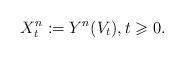
LaTeX: \begin{align*} X_t^n:=Y^n(V_t),t\geqslant 0.\end{align*}